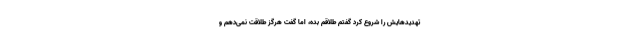
تهدیدهایش را شروع کرد گفتم طلاقم بده، اما گفت هرگز طلاقت نمی‌دهم و